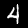
Label: 4